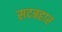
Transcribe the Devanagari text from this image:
सदबहार